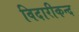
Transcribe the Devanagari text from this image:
विदारीकन्द